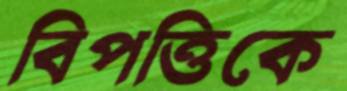
বিপত্তিকে